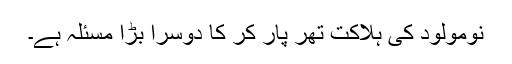
نومولود کی ہلاکت تھر پار کر کا دوسرا بڑا مسئلہ ہے۔